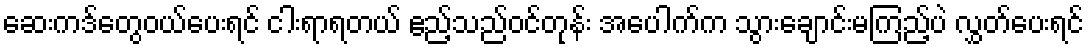
ဆေးကဒ်တွေဝယ်ပေးရင် ငါးရာရတယ် ဧည့်သည်ဝင်တုန်း အပေါက်က သွားချောင်းမကြည့်ပဲ လွှတ်ပေးရင်